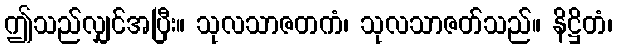
ဤသည်လျှင်အပြီး။ သုလသာဇတကံ၊ သုလသာဇတ်သည်။ နိဋ္ဌိတံ၊